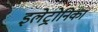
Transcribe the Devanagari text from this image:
इलेट्रोनिका